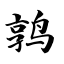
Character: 鹑